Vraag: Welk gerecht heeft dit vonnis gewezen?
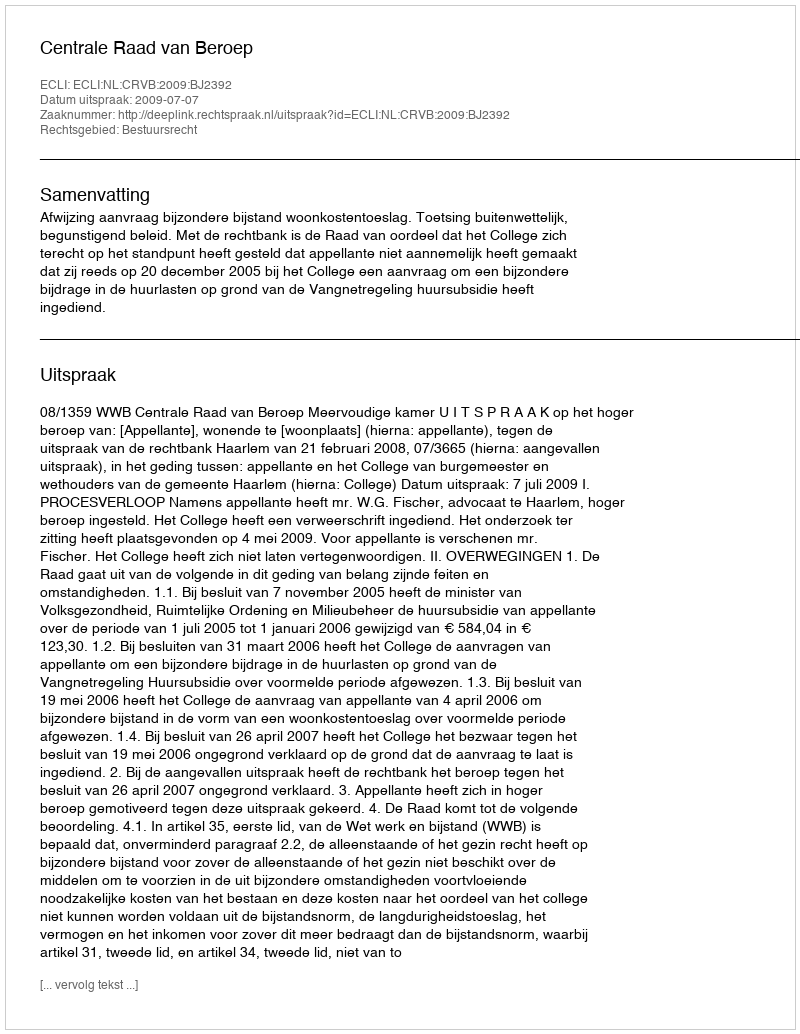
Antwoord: Centrale Raad van Beroep